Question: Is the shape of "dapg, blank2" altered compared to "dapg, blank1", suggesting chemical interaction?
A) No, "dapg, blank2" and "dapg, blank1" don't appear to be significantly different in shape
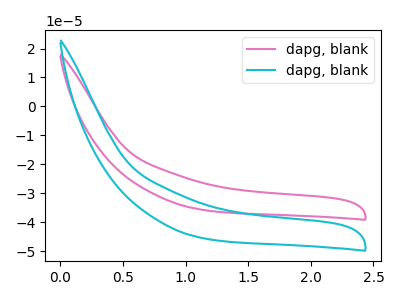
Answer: <think>The pink curve "dapg, blank1" has no peaks. The cyan curve "dapg, blank2" has no peaks.
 Neither "dapg, blank2" or "dapg, blank1" have any peaks.</think>
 <answer>A) No, "dapg, blank2" and "dapg, blank1" don't appear to be significantly different in shape</answer>
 <eval>A</eval>